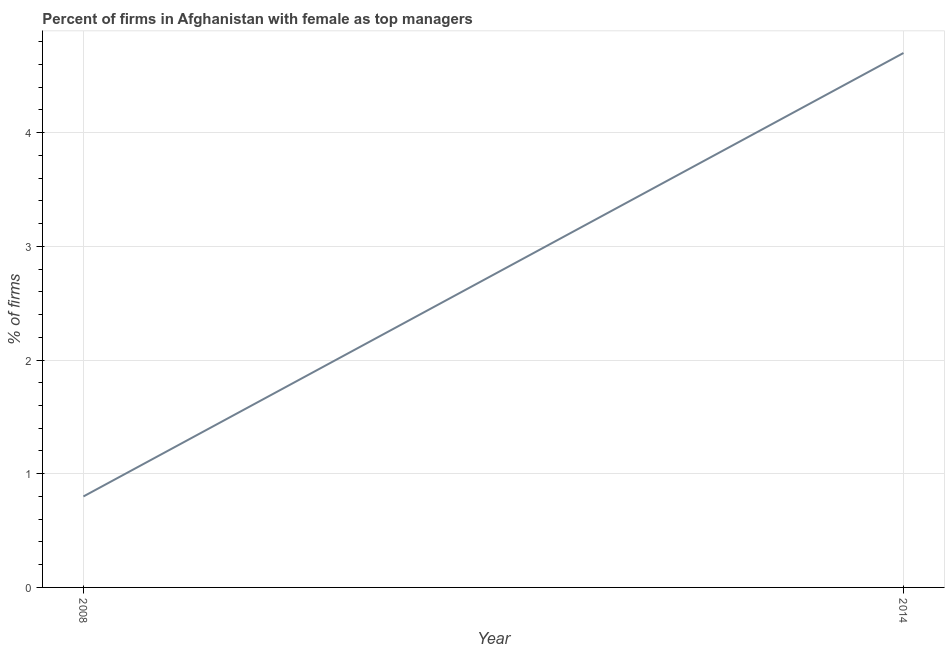
| Year | Firms with female top manager |
 | --- | --- |
 | 2008 | 0.8 |
 | 2014 | 4.7 |